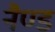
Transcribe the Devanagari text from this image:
नैण्ड